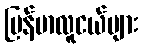
မြန်မာလူငယ်များ